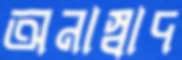
অনাস্বাদ